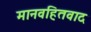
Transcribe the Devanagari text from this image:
मानवहितवाद